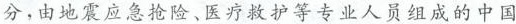
巴西的拓荒者正在砍树开荒